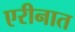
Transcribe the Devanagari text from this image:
एरीनात